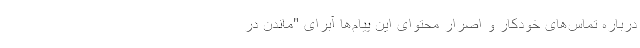
درباره تماس‌های خودکار و اصرار محتوای این پیام‌ها آبرای "ماندن در